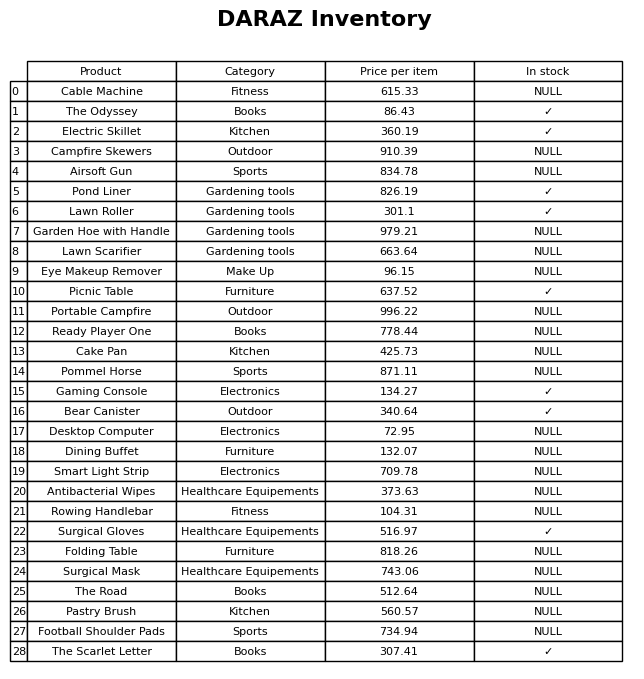
question: What is the price of the Bear Canister?
answer: The price of Bear Canister is 340.64.